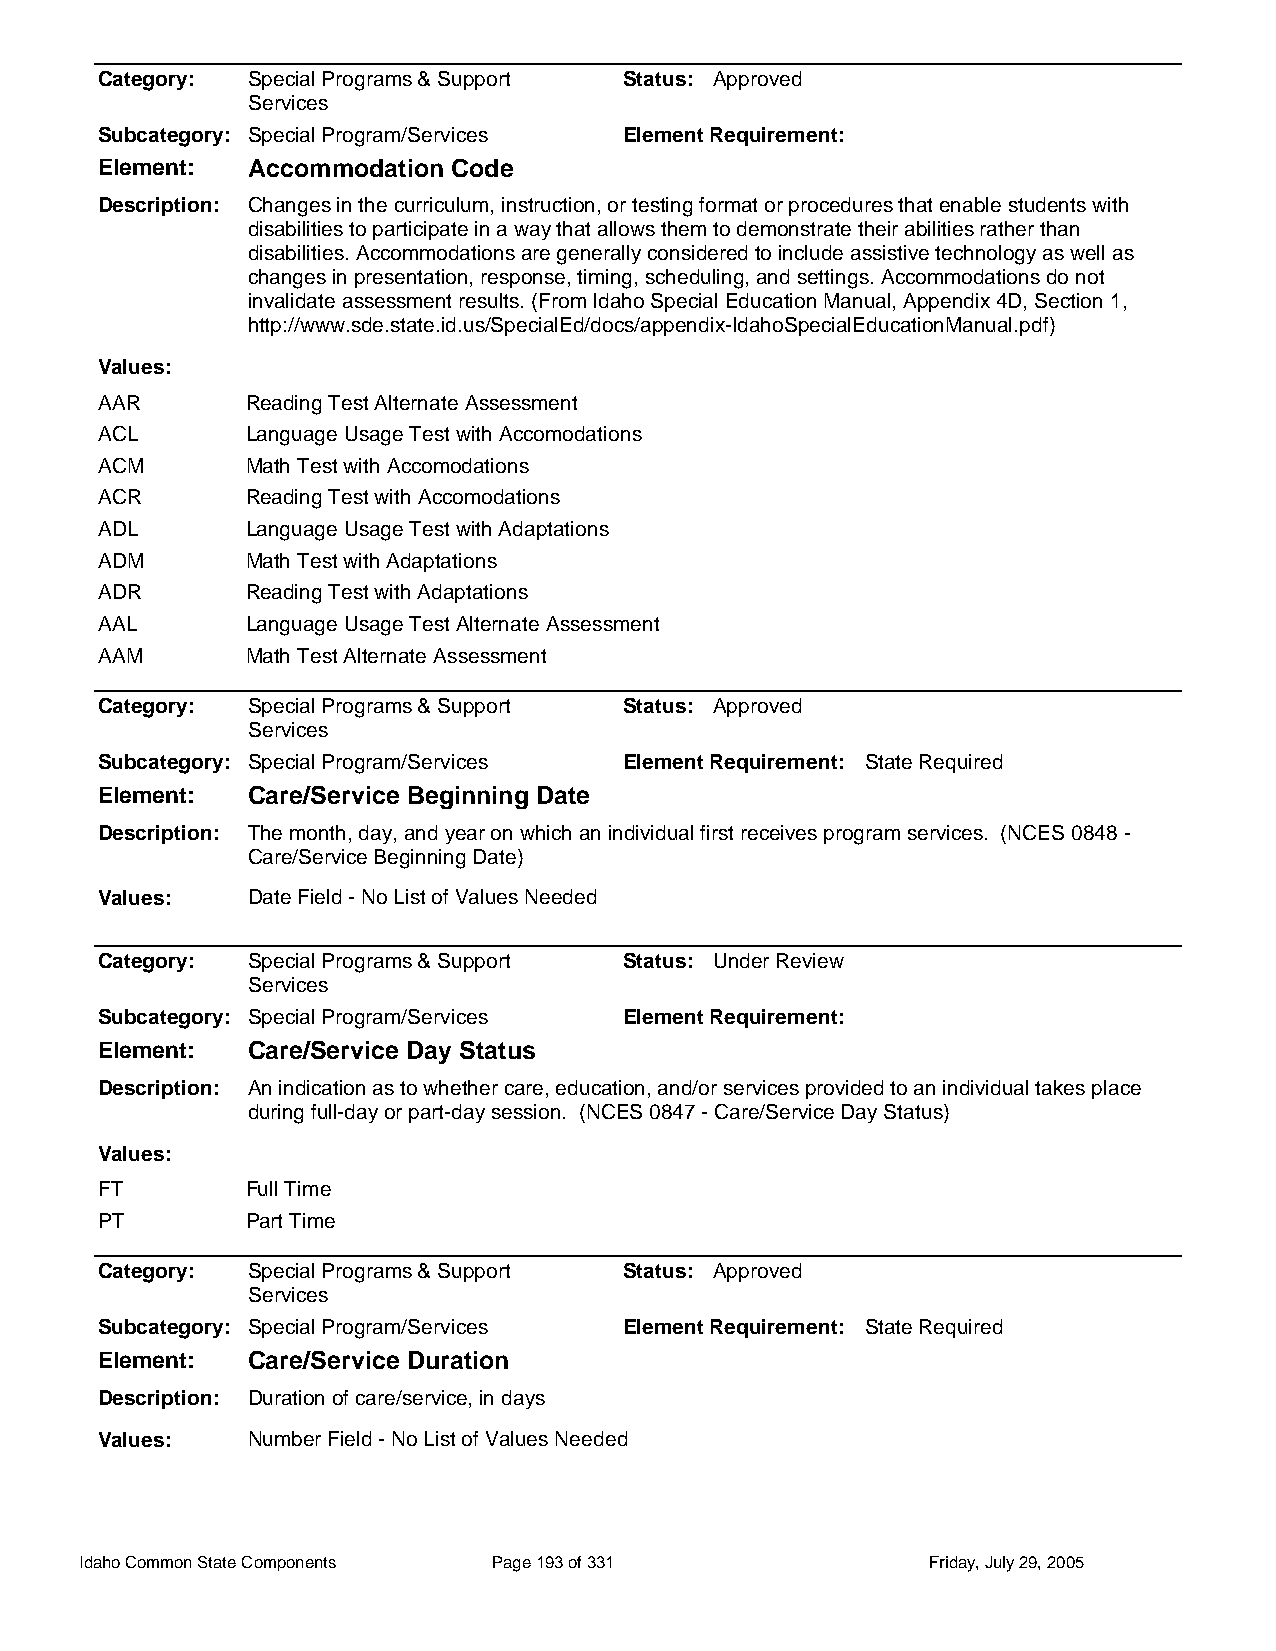
Category: Special Programs & Support Status: Approved
 Services
 Subcategory: Special Program/Services Element Requirement:
 Element:  Accommodation Code
 Description: Changes in the curriculum, instruction, or testing format or procedures that enable students with
 disabilities to participate in a way that allows them to demonstrate their abilities rather than
 disabilities. Accommodations are generally considered to include assistive technology as well as
 changes in presentation, response, timing, scheduling, and settings. Accommodations do not
 invalidate assessment results. (From Idaho Special Education Manual, Appendix 4D, Section 1,
 http://www.sde.state.id.us/SpecialEd/docs/appendix-IdahoSpecialEducationManual.pdf)
 Values:
 AAR       Reading Test Alternate Assessment
 ACL       Language Usage Test with Accomodations
 ACM       Math Test with Accomodations
 ACR       Reading Test with Accomodations
 ADL       Language Usage Test with Adaptations
 ADM       Math Test with Adaptations
 ADR       Reading Test with Adaptations
 AAL       Language Usage Test Alternate Assessment
 AAM       Math Test Alternate Assessment
 Category: Special Programs & Support Status: Approved
 Services
 Subcategory: Special Program/Services Element Requirement: State Required
 Element:  Care/Service Beginning Date
 Description: The month, day, and year on which an individual first receives program services. (NCES 0848 -
 Care/Service Beginning Date)
 Values:   Date Field - No List of Values Needed
 Category: Special Programs & Support Status: Under Review
 Services
 Subcategory: Special Program/Services Element Requirement:
 Element:  Care/Service Day Status
 Description: An indication as to whether care, education, and/or services provided to an individual takes place
 during full-day or part-day session. (NCES 0847 - Care/Service Day Status)
 Values:
 FT        Full Time
 PT        Part Time
 Category: Special Programs & Support Status: Approved
 Services
 Subcategory: Special Program/Services Element Requirement: State Required
 Element:  Care/Service Duration
 Description: Duration of care/service, in days
 Values:   Number Field - No List of Values Needed
 Idaho Common State Components Page 193 of 331           Friday, July 29, 2005